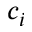
c _ { i }